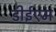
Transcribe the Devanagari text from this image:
डीईएम